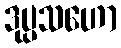
ဒုပ္ပသဟော